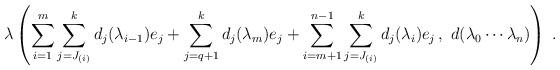
LaTeX: \begin{align*}\lambda\left( \sum_{i =1}^{m} \sum_{j=J_{(i)}}^{k } d_{j}(\lambda_{i-1}) e_j + \sum_{j=q+1}^k d_j(\lambda_{m}) e_j + \sum_{i =m+1}^{n-1} \sum_{j=J_{(i)}}^{k} d_{j}(\lambda_{i}) e_j\, , ~ d(\lambda_0 \cdots \lambda_n) \right) \; .\end{align*}